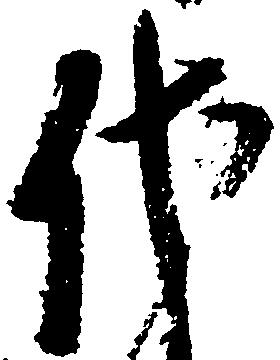
代